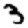
Digit: 3